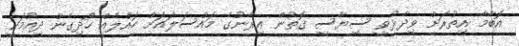
އޮބާމާ އިތުރަށް ވިދާޅުވީ ސިޔާސީ ގޮތުން އިރާނުގެ މައްސަލައަށް ހައްލެއް ހޯދިގެން ދިއުމަކީ